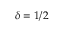
\delta = { 1 } / { 2 }